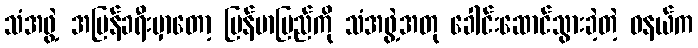
သံအဖွဲ့ အပြန်ခရီးမှာတော့ မြန်မာပြည်ကို သံအဖွဲ့အတု ခေါင်းဆောင်သွားခဲ့တဲ့ ဝနယ်က